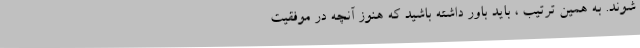
شوند. به همین ترتیب ، باید باور داشته باشید که هنوز آنچه در موفقیت